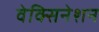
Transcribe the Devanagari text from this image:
वेक्सिनेशन